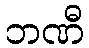
ဘဏီ